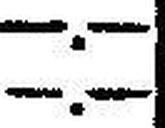
—.—